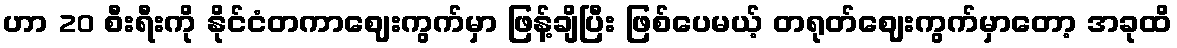
ဟာ 20 စီးရီးကို နိုင်ငံတကာဈေးကွက်မှာ ဖြန့်ချိပြီး ဖြစ်ပေမယ့် တရုတ်ဈေးကွက်မှာတော့ အခုထိ